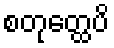
စတုတ္ထေပိ